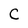
Character: C